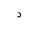
Letter: _dal